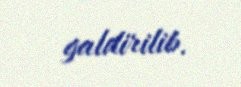
galdirilib.